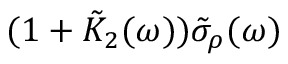
( 1 + \tilde { K } _ { 2 } ( \omega ) ) \tilde { \sigma } _ { \rho } ( \omega )